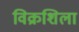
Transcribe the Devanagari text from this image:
विक्रशिला